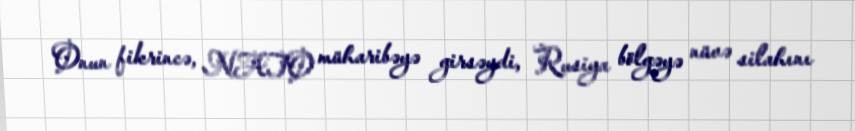
Onun fikrincə, NATO müharibəyə girsəydi, Rusiya bölgəyə nüvə silahını